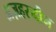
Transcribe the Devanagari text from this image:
अज़हरुद्दीन